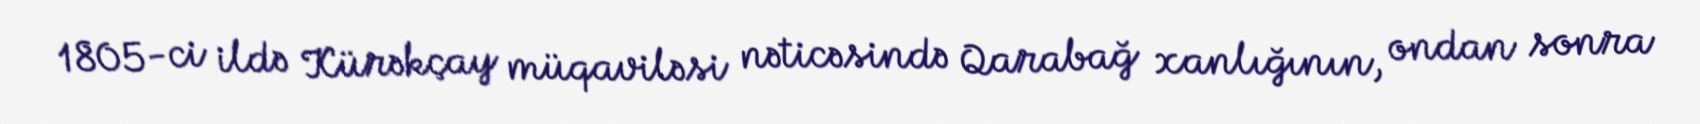
1805-ci ildə Kürəkçay müqaviləsi nəticəsində Qarabağ xanlığının, ondan sonra